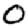
Digit: 0